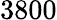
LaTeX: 3800